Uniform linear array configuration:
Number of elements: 12
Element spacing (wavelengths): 0.75
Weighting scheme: blackman
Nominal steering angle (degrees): -30
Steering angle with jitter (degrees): -29.406
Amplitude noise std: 0.05
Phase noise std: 0.05

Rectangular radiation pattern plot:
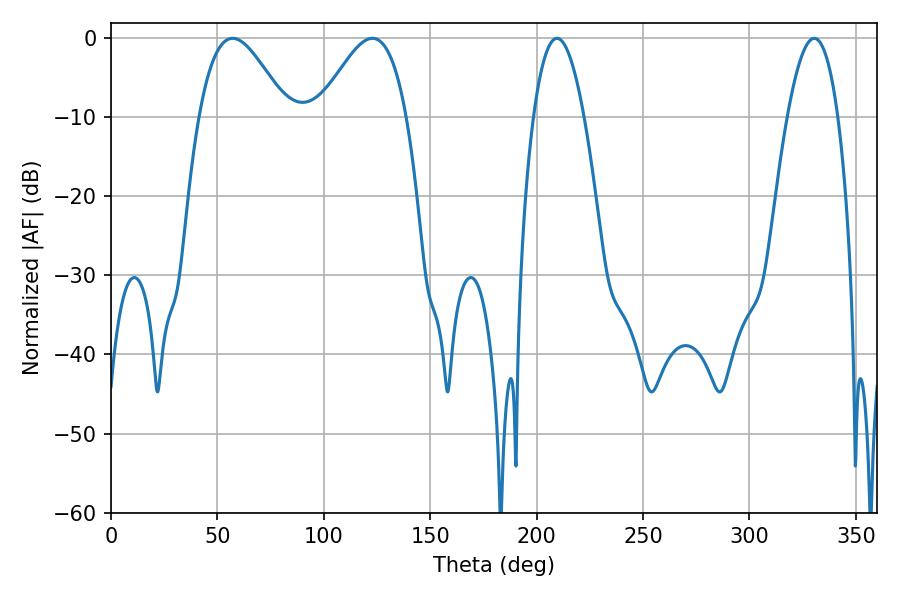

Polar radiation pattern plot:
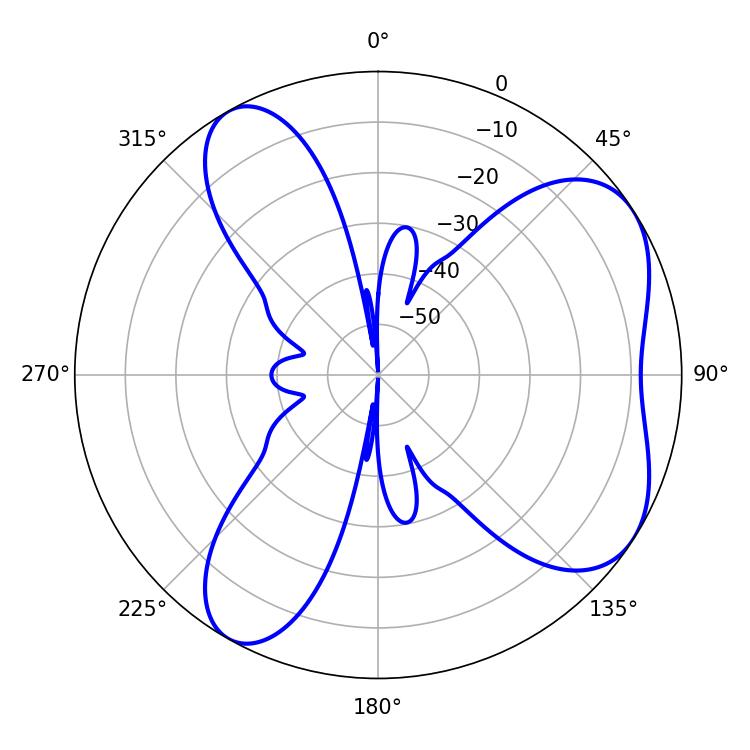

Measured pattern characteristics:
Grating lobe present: TRUE
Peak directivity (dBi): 5.939
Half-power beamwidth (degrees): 13.14
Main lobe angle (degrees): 209.52